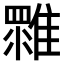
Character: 𩀚